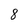
Character: 8